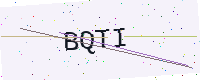
Text: BQTI